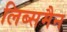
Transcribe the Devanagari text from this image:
लिब्समैन